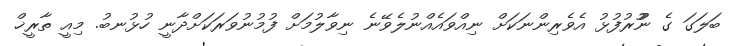
ބަލަގަ ގެ ނުުޫރުފުޅު އެވެރިންނަކަށް ނިއްވައެއްނުލެވޭނެ ނިވާލުމަށް ފުމުނުވަރަކަށްދާނީ ހުޅުނބު. މިއީ ތާރީޚް